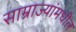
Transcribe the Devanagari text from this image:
साम्राज्यांमधील